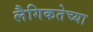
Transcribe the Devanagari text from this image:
लैगिकतेच्या